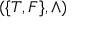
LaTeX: ( \{ T , F \} , \wedge )